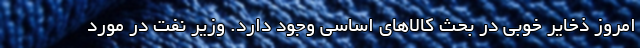
امروز ذخایر خوبی در بحث کالا‌های اساسی وجود دارد. وزیر نفت در مورد